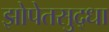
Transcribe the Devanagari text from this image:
झोपेतसुद्धा